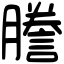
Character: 謄